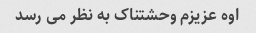
اوه عزیزم وحشتناک به نظر می رسد